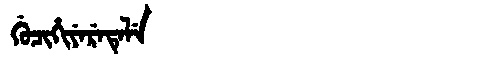
Manchu: ᡤᡠᠴᡳᡥᡳᠶᡝᡵᡝᡨᡝᠯᡝ
Romanization: GUCIHIYERETELE